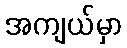
အကျယ်မှာ